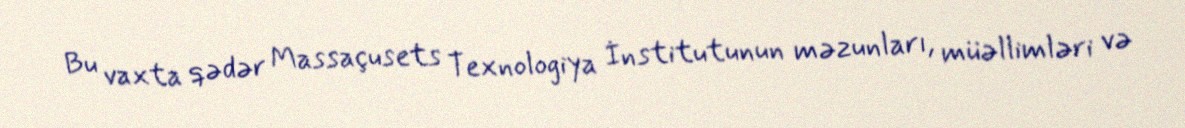
Bu vaxta qədər Massaçusets Texnologiya İnstitutunun məzunları, müəllimləri və